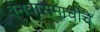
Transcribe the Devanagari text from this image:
वनवासमाचीचे